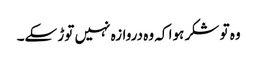
وہ تو شکر ہوا کہ وہ دروازہ نہیں توڑ سکے۔